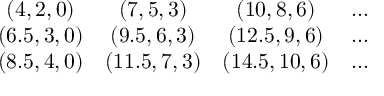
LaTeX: \begin{array} { c c c c } { { ( 4 , 2 , 0 ) } } & { { ( 7 , 5 , 3 ) } } & { { ( 1 0 , 8 , 6 ) } } & { { . . . } } \\ { { ( 6 . 5 , 3 , 0 ) } } & { { ( 9 . 5 , 6 , 3 ) } } & { { ( 1 2 . 5 , 9 , 6 ) } } & { { . . . } } \\ { { ( 8 . 5 , 4 , 0 ) } } & { { ( 1 1 . 5 , 7 , 3 ) } } & { { ( 1 4 . 5 , 1 0 , 6 ) } } & { { . . . } } \end{array}